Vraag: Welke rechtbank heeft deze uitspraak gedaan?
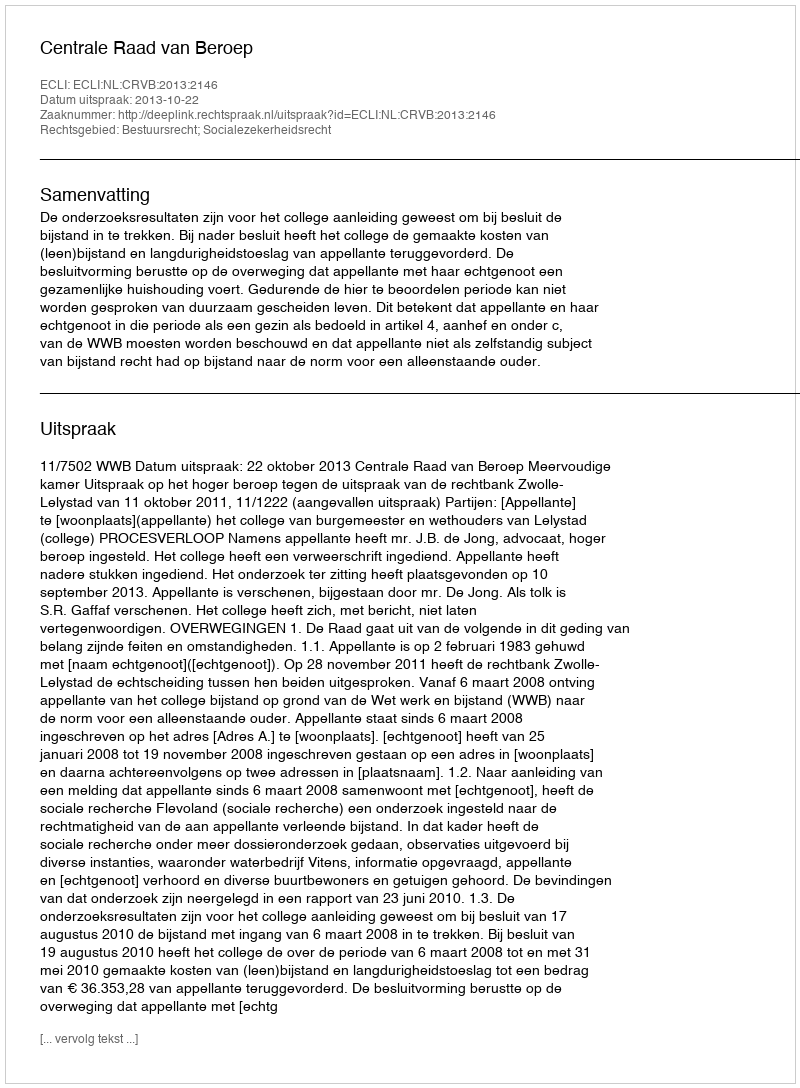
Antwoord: Centrale Raad van Beroep